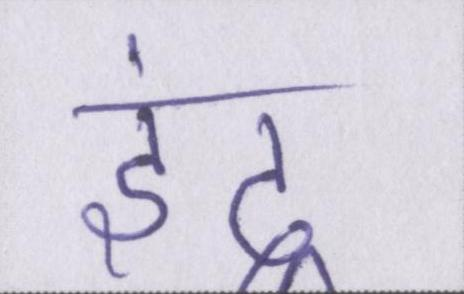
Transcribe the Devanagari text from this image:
इंद्र